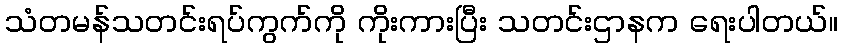
သံတမန်သတင်းရပ်ကွက်ကို ကိုးကားပြီး သတင်းဌာနက ရေးပါတယ်။